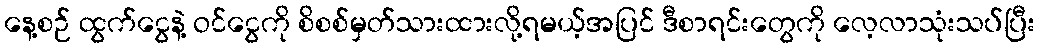
နေ့စဉ် ထွက်ငွေနဲ့ ဝင်ငွေကို စိစစ်မှတ်သားထားလို့ရမယ့်အပြင် ဒီစာရင်းတွေကို လေ့လာသုံးသပ်ပြီး